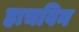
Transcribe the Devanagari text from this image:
हाचविन